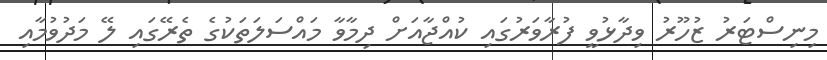
މިނިސްޓަރު ޒުހޫރު ވިދާޅުވީ ފުރާވަރުގައި ކުއްޖާއަށް ދިމާވާ މައްސަލަތަކުގެ ތެރޭގައި ލޭ މަދުވުމާއި